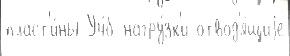
пласт'и́ны Уч́б нагру́зк'и отвод'я́щиjе